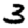
Digit: 3